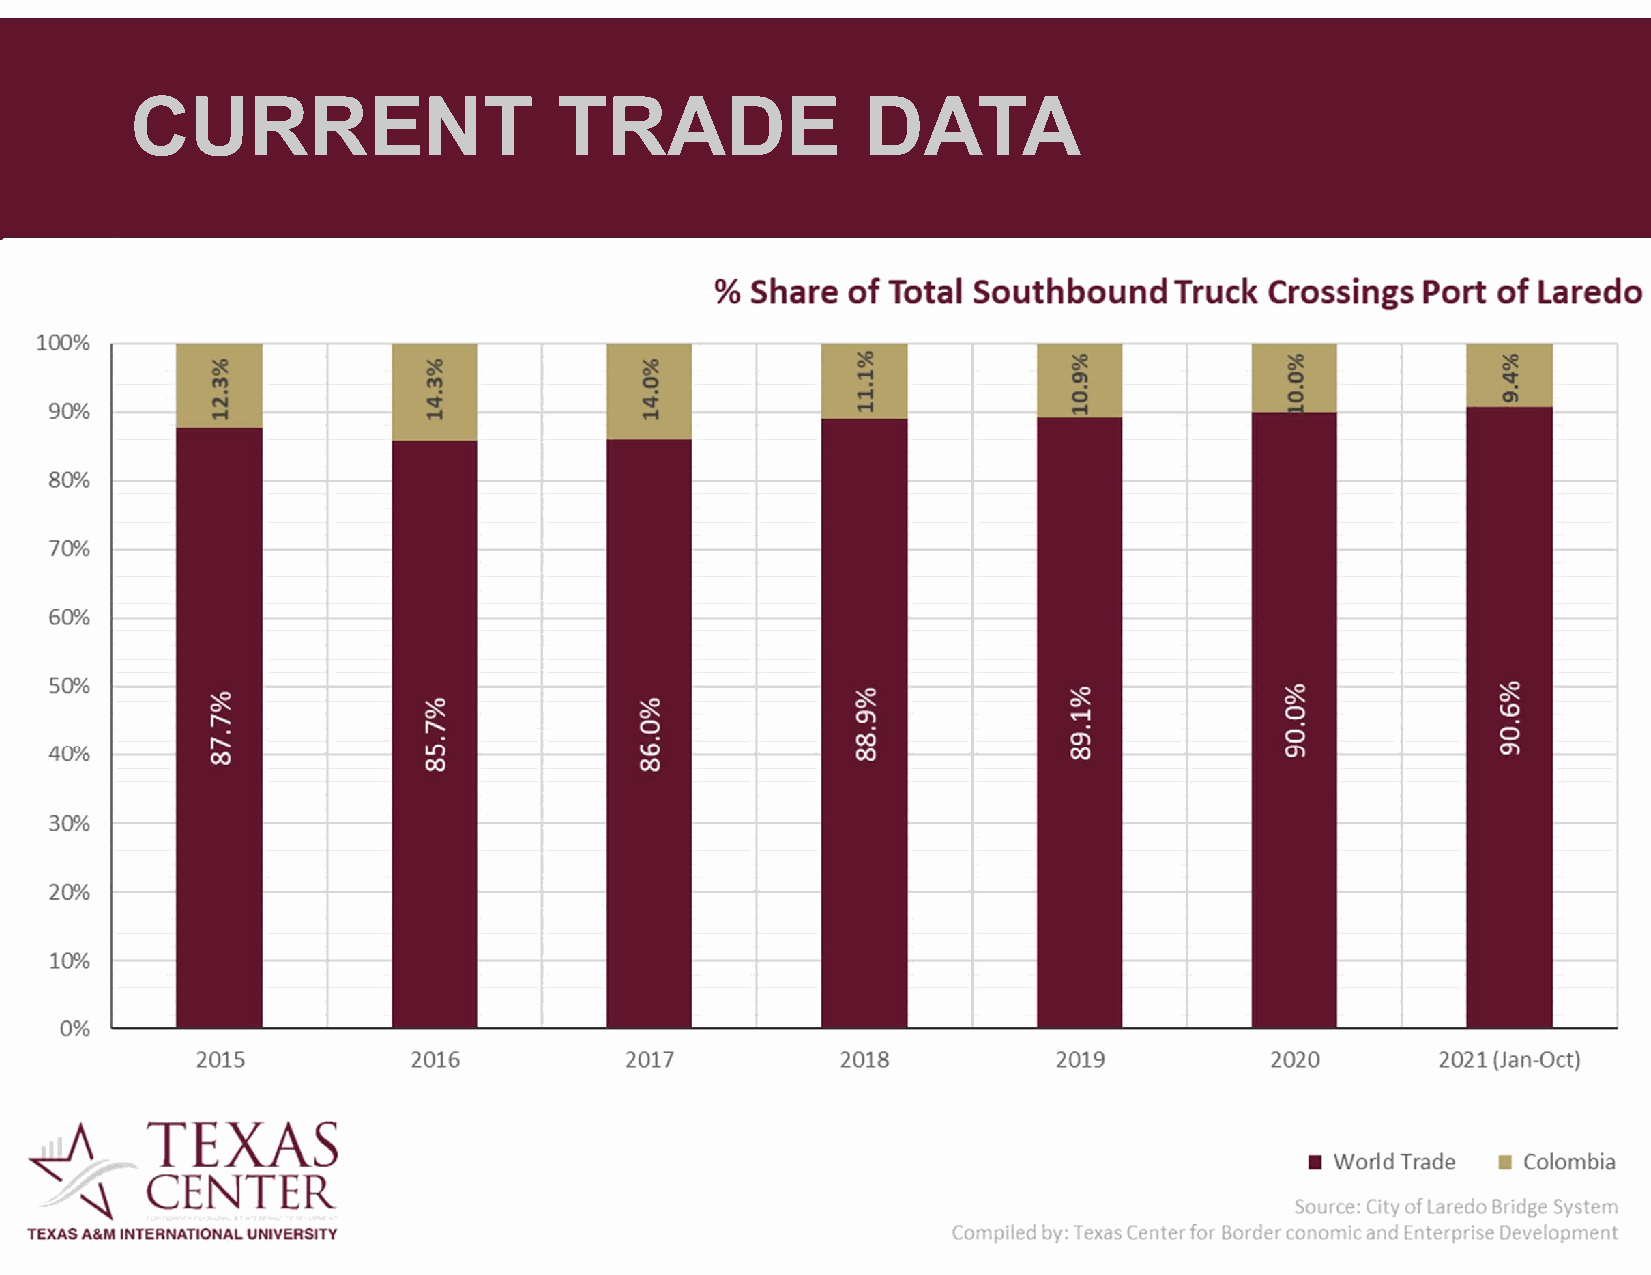
CURRENT                     TRADE               DATA